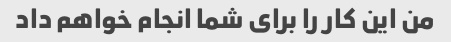
من این کار را برای شما انجام خواهم داد